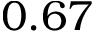
0 . 6 7